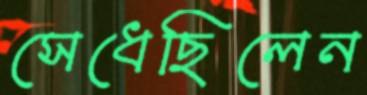
সেধেছিলেন